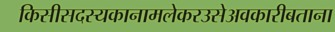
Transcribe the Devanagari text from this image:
किसीसदस्यकानामलेकरउसेअवकारीबताना